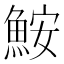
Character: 鮟